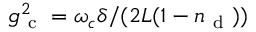
g _ { \mathrm { ~ c ~ } } ^ { 2 } = \omega _ { c } \delta / ( 2 L ( 1 - n _ { \mathrm { ~ d ~ } } ) )